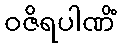
ဝဇိရပါဏိံ